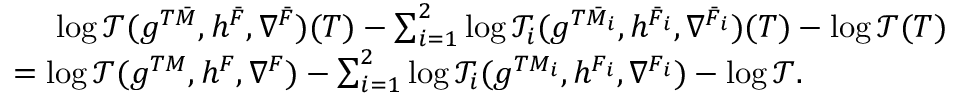
\begin{array} { r l } & { \ \ \ \ \log \mathcal { T } ( g ^ { T \bar { M } } , h ^ { \bar { F } } , \nabla ^ { \bar { F } } ) ( T ) - \sum _ { i = 1 } ^ { 2 } \log \mathcal { T } _ { i } ( g ^ { T \bar { M } _ { i } } , h ^ { \bar { F } _ { i } } , \nabla ^ { \bar { F } _ { i } } ) ( T ) - \log \mathcal { T } ( T ) } \\ & { = \log \mathcal { T } ( g ^ { T M } , h ^ { F } , \nabla ^ { F } ) - \sum _ { i = 1 } ^ { 2 } \log \mathcal { T } _ { i } ( g ^ { T M _ { i } } , h ^ { F _ { i } } , \nabla ^ { F _ { i } } ) - \log \mathcal { T } . } \end{array}